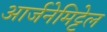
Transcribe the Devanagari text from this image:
आर्जनेमिट्टेल